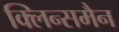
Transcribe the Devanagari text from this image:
क्लिन्समैन